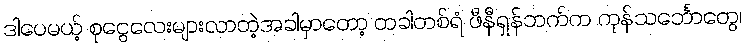
ဒါပေမယ့် စုငွေလေးများလာတဲ့အခါမှာတော့ တခါတစ်ရံ ဖီနီရှန်ဘက်က ကုန်သင်္ဘောတွေ၊